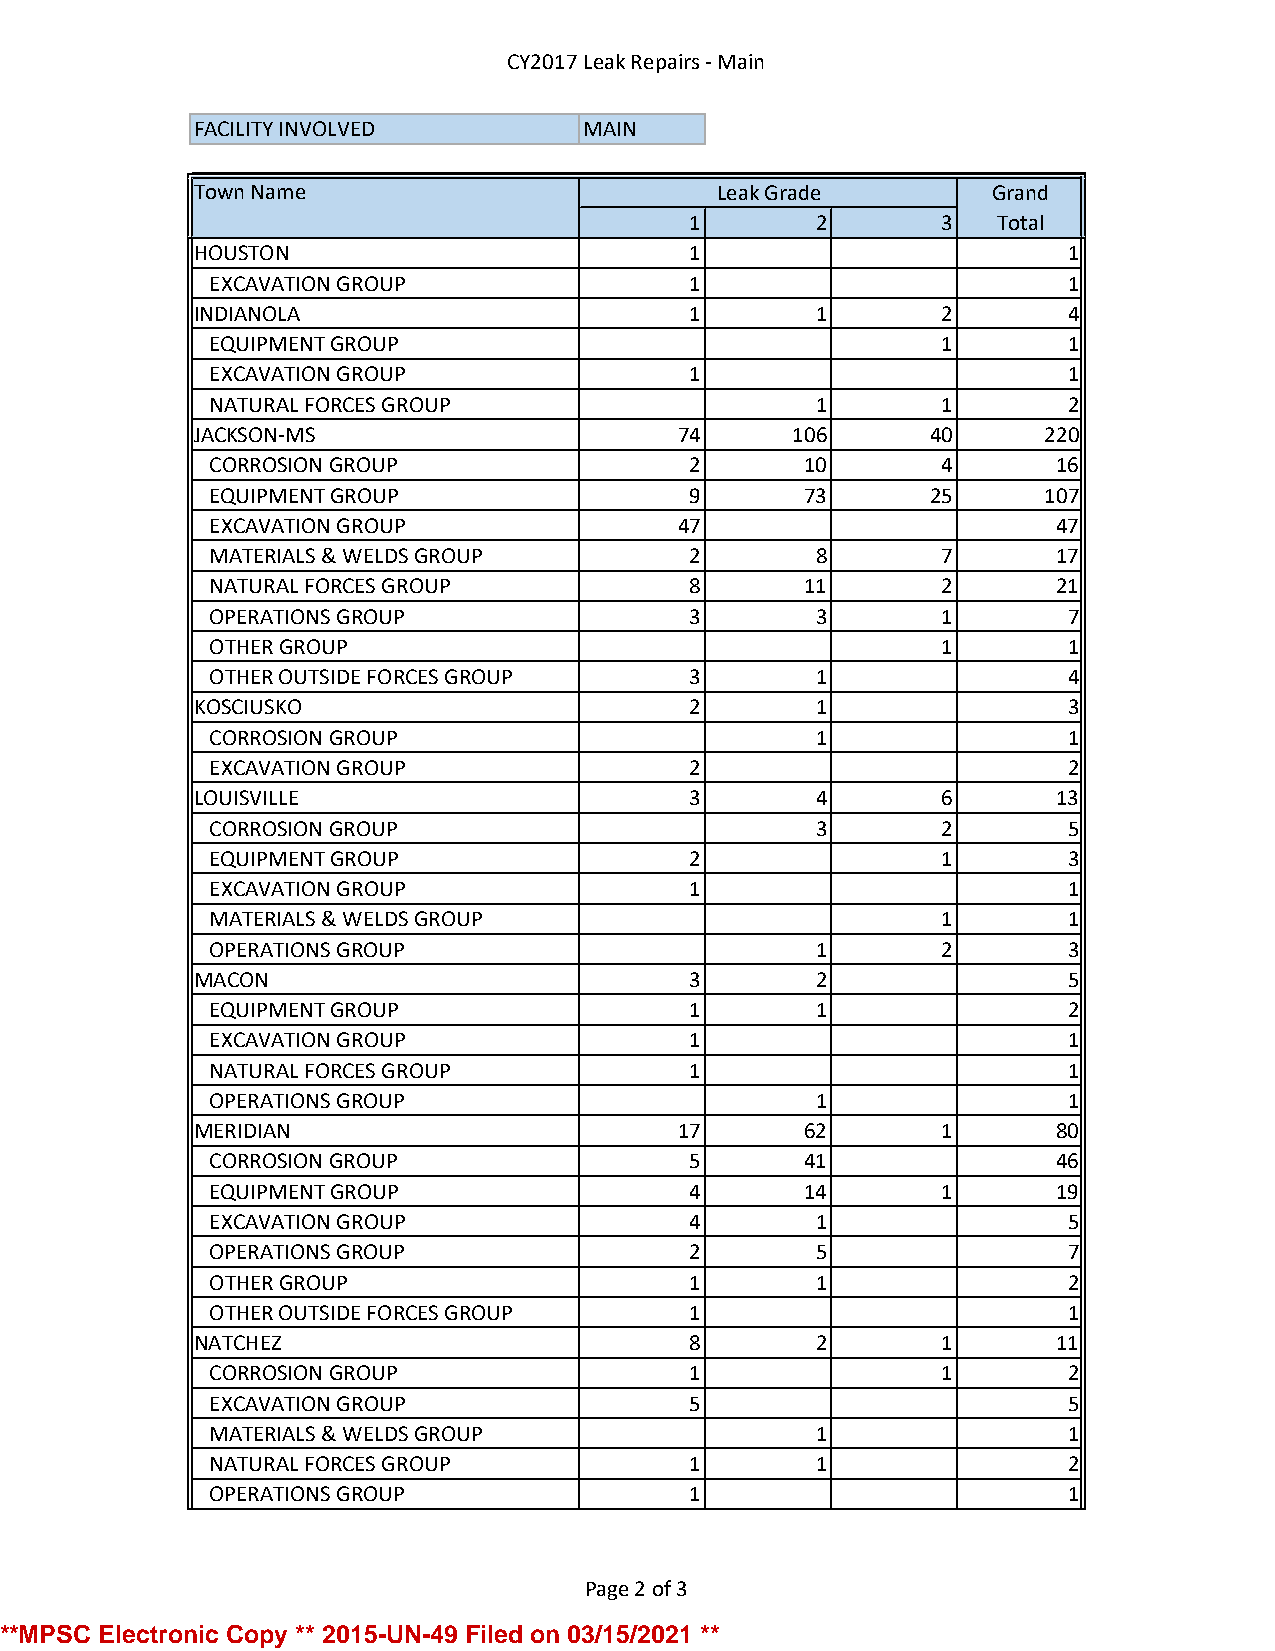
CY2017 Leak Repairs - Main
 FACILITY INVOLVED         MAIN
 Town Name                         Leak Grade         Grand
 1       2       3   Total
 HOUSTON                          1                        1
 EXCAVATION GROUP                1                        1
 INDIANOLA                        1       1       2        4
 EQUIPMENT GROUP                                 1        1
 EXCAVATION GROUP                1                        1
 NATURAL FORCES GROUP                    1       1        2
 JACKSON-MS                      74     106       40     220
 CORROSION GROUP                 2      10       4       16
 EQUIPMENT GROUP                 9      73       25     107
 EXCAVATION GROUP               47                       47
 MATERIALS & WELDS GROUP         2       8       7       17
 NATURAL FORCES GROUP            8      11       2       21
 OPERATIONS GROUP                3       3       1        7
 OTHER GROUP                                     1        1
 OTHER OUTSIDE FORCES GROUP      3       1                4
 KOSCIUSKO                        2       1                3
 CORROSION GROUP                         1                1
 EXCAVATION GROUP                2                        2
 LOUISVILLE                       3       4       6       13
 CORROSION GROUP                         3       2        5
 EQUIPMENT GROUP                 2               1        3
 EXCAVATION GROUP                1                        1
 MATERIALS & WELDS GROUP                         1        1
 OPERATIONS GROUP                        1       2        3
 MACON                            3       2                5
 EQUIPMENT GROUP                 1       1                2
 EXCAVATION GROUP                1                        1
 NATURAL FORCES GROUP            1                        1
 OPERATIONS GROUP                        1                1
 MERIDIAN                        17      62       1       80
 CORROSION GROUP                 5      41               46
 EQUIPMENT GROUP                 4      14       1       19
 EXCAVATION GROUP                4       1                5
 OPERATIONS GROUP                2       5                7
 OTHER GROUP                     1       1                2
 OTHER OUTSIDE FORCES GROUP      1                        1
 NATCHEZ                          8       2       1       11
 CORROSION GROUP                 1               1        2
 EXCAVATION GROUP                5                        5
 MATERIALS & WELDS GROUP                 1                1
 NATURAL FORCES GROUP            1       1                2
 OPERATIONS GROUP                1                        1
 Page 2 of 3
 **MPSC Electronic Copy ** 2015-UN-49 Filed on 03/15/2021 **